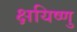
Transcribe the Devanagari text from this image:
क्षयिष्णु